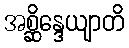
အစ္ဆိန္ဒေယျာတိ